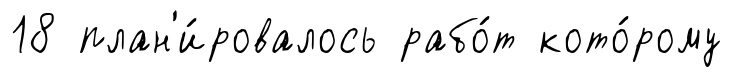
18 план'и́ровалось рабо́т кото́рому